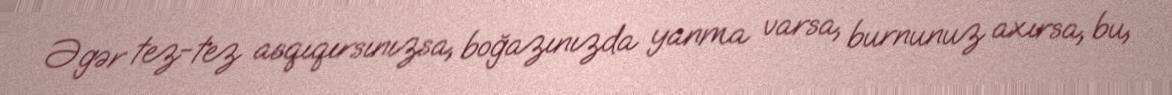
Əgər tez-tez asqıqırsınızsa, boğazınızda yanma varsa, burnunuz axırsa, bu,